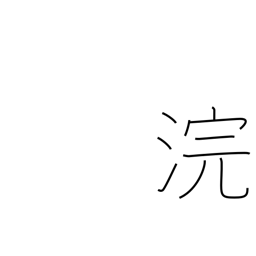
Meaning: wash